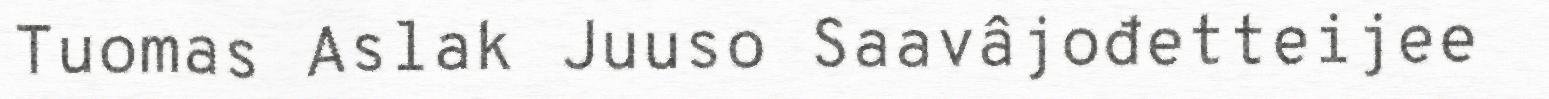
Tuomas Aslak Juuso Saavâjođetteijee